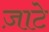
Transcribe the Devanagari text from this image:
ज़ाटे